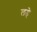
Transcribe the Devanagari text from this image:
लहे